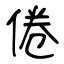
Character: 倦